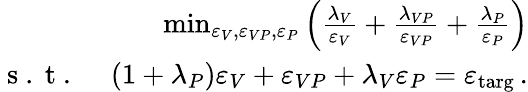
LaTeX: \begin{array}{r}{\operatorname*{min}_{\varepsilon_{V},\varepsilon_{VP},\varepsilon_{P}}\left(\frac{\lambda_{V}}{\varepsilon_{V}}+\frac{\lambda_{VP}}{\varepsilon_{VP}}+\frac{\lambda_{P}}{\varepsilon_{P}}\right)}\\ {\mathrm{~s~.~t~.~}\quad(1+\lambda_{P})\varepsilon_{V}+\varepsilon_{VP}+\lambda_{V}\varepsilon_{P}=\varepsilon_{\mathrm{targ}}\, .}\end{array}